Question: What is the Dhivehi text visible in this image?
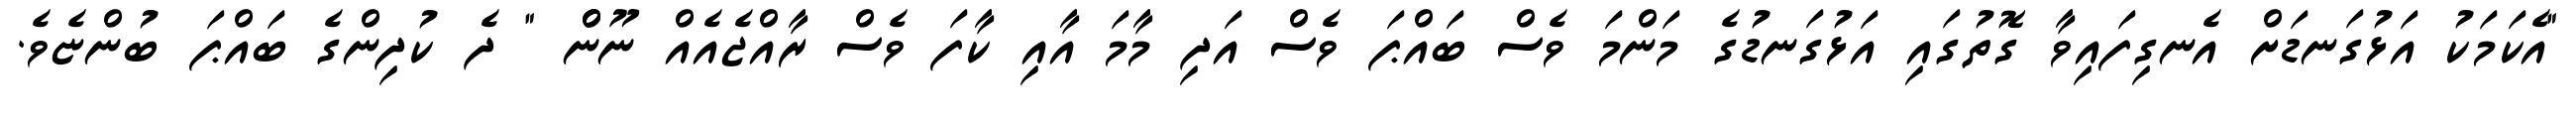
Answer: "އެކަމަކު އަޅުގަނޑަށް އެނގިފައިވާ ގޮތުގައި އަޅުގަނޑުގެ މަންމަ ވެސް ބައްޕަ ވެސް އަދި މާމަ އާއި ކާފަ ވެސް ރާއްޖެއެއް ނޫންް " ދެ ކުދިންގެ ބައްޕަ ބުންޏެވެ.